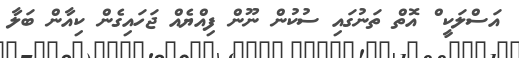
އަސްލަކީ ް އޮތް ތަނުގައި ސުކުން ނޫން ފިއްޔެއް ޖަހައިގެން ކިއާން ބަލާ